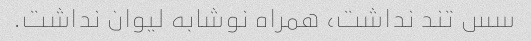
سس تند نداشت، همراه نوشابه لیوان نداشت.